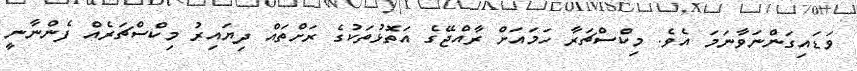
ވަޑައިގަންނަވާނަމަ އެވެ. މިކްސްޗަރާ ހަމައަށް ރާއްޖޭގެ އަތޮޅުތަކުގެ ރަށްތައް ދިޔައިރު މިކްސްޗަރެއް ފެންނާނީ